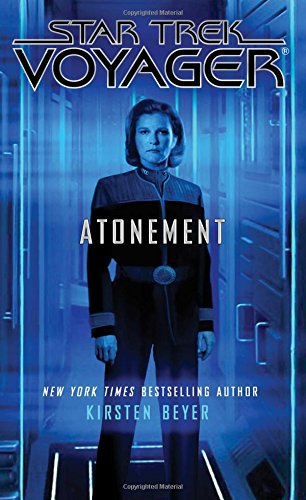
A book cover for Star Trek: Voyager: Atonement; Kirsten Beyer; Science Fiction & Fantasy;